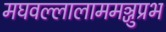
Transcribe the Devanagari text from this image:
मघवल्लालाममञ्जुप्रभ